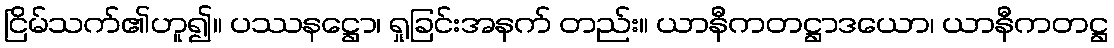
ငြိမ်သက်၏ဟူ၍။ ပဿနဋ္ဌော၊ ရှုခြင်းအနက် တည်း။ ယာနီကတဋ္ဌာဒယော၊ ယာနီကတဋ္ဌ